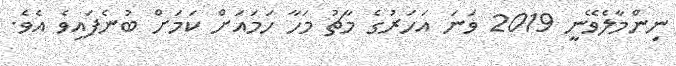
ނިންމާލެވޭނީ 2019 ވަނަ އަހަރުގެ މާޗު މަހާ ހަމައަށް ކަމަށް ބުނެފައިވެ އެވެ.